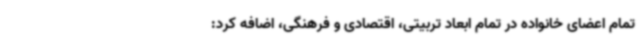
تمام اعضای خانواده در تمام ابعاد تربیتی، اقتصادی و فرهنگی، اضافه کرد: